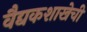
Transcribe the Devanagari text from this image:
वैद्यकशाखेची